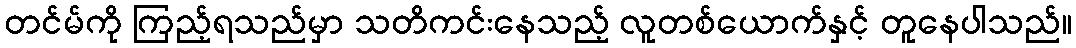
တင်မ်ကို ကြည့်ရသည်မှာ သတိကင်းနေသည့် လူတစ်ယောက်နှင့် တူနေပါသည်။